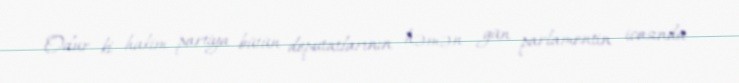
Odur ki hakim partiya bütün deputatlarının həmən gün parlamentin icasında